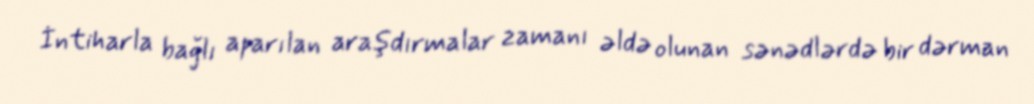
İntiharla bağlı aparılan araşdırmalar zamanı əldə olunan sənədlərdə bir dərman